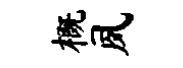
概夙